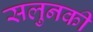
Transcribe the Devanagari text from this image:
सलुनकी